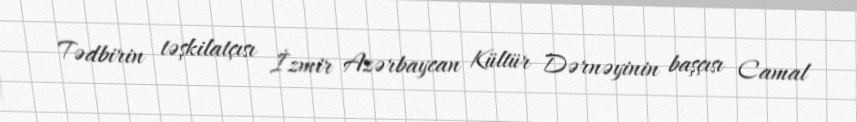
Tədbirin təşkilatçısı İzmir Azərbaycan Kültür Dərnəyinin başçısı Camal